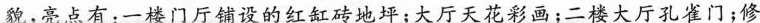
貌，亮点有：一楼门厅铺设的红缸砖地坪；大厅天花彩画；二楼大厅孔雀门；修